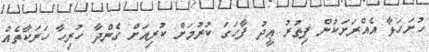
ހުށަހަޅާ އެއްރަށަކުން ފިތުރު ޢީދު ފާހަގަ ކުރުމަށް ކުރިއަށް ގެންދާ ހުރިހާ ހަރަކާތެއް